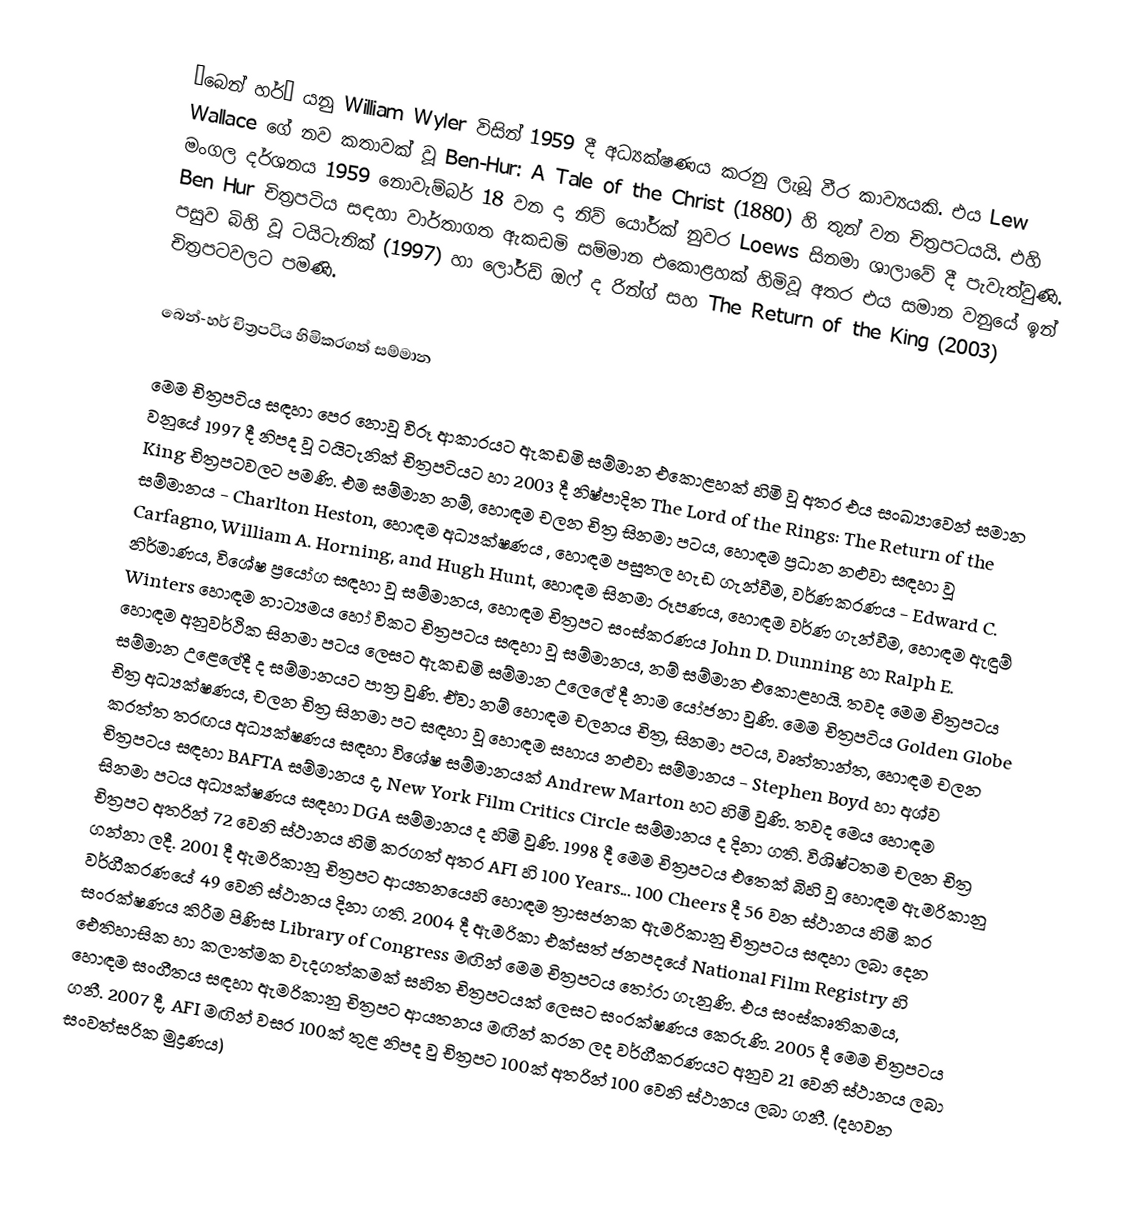
“බෙන් හර්” යනු William Wyler විසින් 1959 දී අධ්‍යක්ෂණය කරනු ලැබූ වීර කාව්‍යයකි. එය Lew Wallace ගේ නව කතාවක් වූ Ben-Hur: A Tale of the Christ (1880) හි තුන් වන චිත්‍රපටයයි. එහි මංගල දර්ශනය 1959 නොවැම්බර් 18 වන දා නිව් යෝර්ක් නුවර Loews සිනමා ශාලාවේ දී පැවැත්වුණි. Ben Hur චිත්‍රපටිය සඳහා වාර්තාගත ඇකඩමි සම්මාන එකොළහක් හිමිවූ අතර එය සමාන වනුයේ ඉන් පසුව බිහි වූ ටයිටැනික් (1997) හා ලෝර්ඩ් ඔෆ් ද රින්ග් සහ The Return of the King (2003) චිත්‍රපටවලට පමණි.

බෙන්-හර් චිත්‍රපටිය හිමිකරගත් සම්මාන

මෙම චිත්‍රපටිය සඳහා පෙර නොවූ විරූ ආකාරයට ඇකඩමි සම්මාන එකොළහක් හිමි වූ අතර එය සංඛ්‍යාවෙන් සමාන වනුයේ 1997 දී නිපද වූ ටයිටැනික් චිත්‍රපටියට හා 2003 දී නිෂ්පාදිත The Lord of the Rings: The Return of the King චිත්‍රපටවලට පමණි. එම සම්මාන නම්, හොඳම චලන චිත්‍ර සිනමා පටය, හොඳම ප්‍රධාන නළුවා සඳහා වූ සම්මානය - Charlton Heston, හොඳම අධ්‍යක්ෂණය , හොඳම පසුතල හැඩ ගැන්වීම, වර්ණකරණය - Edward C. Carfagno, William A. Horning, and Hugh Hunt, හොඳම සිනමා රූපණය,  හොඳම වර්ණ ගැන්වීම, හොඳම ඇඳුම් නිර්මාණය, විශේෂ ප්‍රයෝග සඳහා වූ සම්මානය, හොඳම චිත්‍රපට සංස්කරණය John D. Dunning හා Ralph E. Winters හොඳම නාට්‍යමය හෝ විකට චිත්‍රපටය සඳහා වූ සම්මානය, නම් සම්මාන එකොළහයි. තවද මෙම චිත්‍රපටය හොඳම අනුවර්ථික සිනමා පටය ලෙසට ඇකඩමි සම්මාන උලෙලේ දී නාම යෝජනා වුණි. මෙම චිත්‍රපටිය Golden Globe සම්මාන උළෙලේදී ද සම්මානයට පාත්‍ර වුණි. ඒවා නම් හොඳම චලනය චිත්‍ර, සිනමා පටය, වෘත්තාන්ත, හොඳම චලන චිත්‍ර අධ්‍යක්ෂණය, චලන චිත්‍ර සිනමා පට සඳහා වූ හොඳම සහාය නළුවා සම්මානය - Stephen Boyd හා අශ්ව කරත්ත තරඟය අධ්‍යක්ෂණය සඳහා විශේෂ සම්මානයක් Andrew Marton හට හිමි වුණි. තවද මෙය හොඳම චිත්‍රපටය සඳහා BAFTA සම්මානය ද, New York Film Critics Circle සම්මානය ද දිනා ගති. විශිෂ්ටතම චලන චිත්‍ර සිනමා පටය අධ්‍යක්ෂණය සඳහා DGA සම්මානය ද හිමි වුණි. 1998 දී මෙම චිත්‍රපටය එතෙක් බිහි වූ හොඳම ඇමරිකානු චිත්‍රපට අතරින් 72 වෙනි ස්ථානය හිමි කරගත් අතර AFI හි 100 Years... 100 Cheers දී 56 වන ස්ථානය හිමි කර ගන්නා ලදී. 2001 දී ඇමරිකානු චිත්‍රපට ආයතනයෙහි හොඳම ත්‍රාසජනක ඇමරිකානු චිත්‍රපටය සඳහා ලබා දෙන වර්ගීකරණයේ 49 වෙනි ස්ථානය දිනා ගති. 2004 දී ඇමරිකා එක්සත් ජනපදයේ National Film Registry හි සංරක්ෂණය කිරීම පිණිස Library of Congress මඟින් මෙම චිත්‍රපටය තෝරා ගැනුණි. එය සංස්කෘතිකමය, ඓතිහාසික හා කලාත්මක වැදගත්කමක් සහිත චිත්‍රපටයක් ලෙසට සංරක්ෂණය කෙරුණි. 2005 දී මෙම චිත්‍රපටය හොඳම සංගීතය සඳහා ඇමරිකානු චිත්‍රපට ආයතනය මඟින් කරන ලද වර්ගීකරණයට අනුව 21 වෙනි ස්ථානය ලබා ගනී. 2007 දී, AFI මඟින් වසර 100ක් තුළ නිපද වු චිත්‍රපට 100ක් අතරින් 100 වෙනි ස්ථානය ලබා ගනී. (දහවන සංවත්සරික මුද්‍රණය)